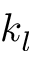
k _ { l }